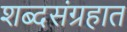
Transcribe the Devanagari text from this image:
शब्दसंग्रहात